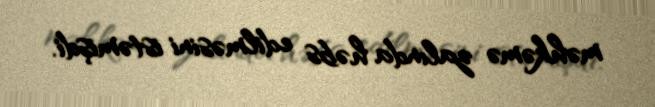
məhkəmə zalında həbs edilməsini istəmişdi.